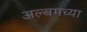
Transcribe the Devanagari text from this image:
अल्बमच्या